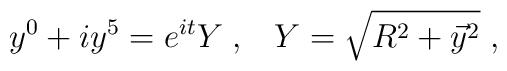
y^0+iy^5=e^{it}Y\;,\;\;\;Y=\sqrt{R^2+\vec y{}^2}\;,